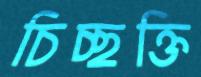
চিচ্ছক্তি